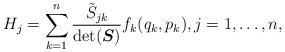
\begin{align*} H_j=\sum_{k=1}^n\frac{\tilde{S}_{jk}}{\det (\boldsymbol{S})} f_k(q_k,p_k), j=1,\dots,n , \end{align*}